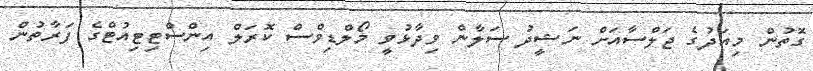
ގޮތުން މިއަދުގެ ޖަލްސާއަށް ނަޝީދު ސަލާން ވިދާޅުވީ މޯލްޑިވްސް ކޮރަލް އިންސްޓިޓިއުޓްގެ ފަރާތުން